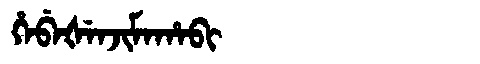
Manchu: ᡥᡝᠪᡝᡧᡝᠨᠵᡳᠮᠠᡥᠠᠪᡳ
Romanization: HEBEŠENJIMAHABI